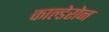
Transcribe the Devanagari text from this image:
काल्डेरोन